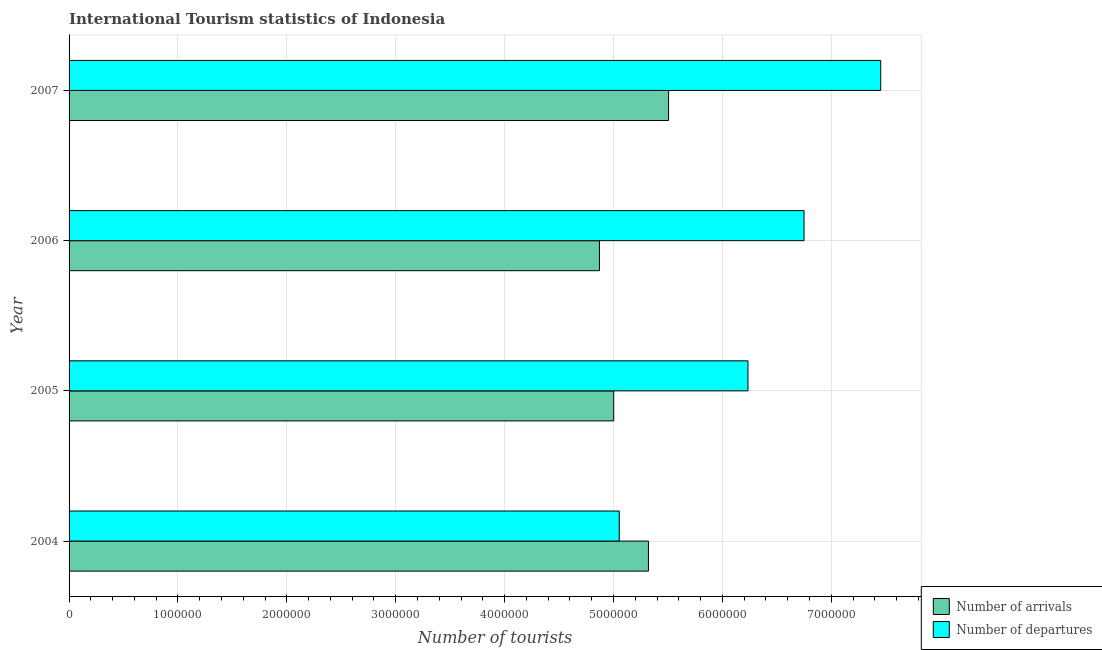
| Year | Number of arrivals | Number of departures |
 | --- | --- | --- |
 | 2004 | 5.32e+06 | 5.05e+06 |
 | 2005 | 5e+06 | 6.24e+06 |
 | 2006 | 4.87e+06 | 6.75e+06 |
 | 2007 | 5.51e+06 | 7.45e+06 |